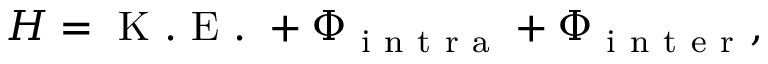
H = \mathrm { ~ K ~ . ~ E ~ . ~ } + \Phi _ { \mathrm { ~ i ~ n ~ t ~ r ~ a ~ } } + \Phi _ { \mathrm { ~ i ~ n ~ t ~ e ~ r ~ } } ,